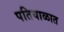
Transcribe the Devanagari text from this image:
पतियाळात